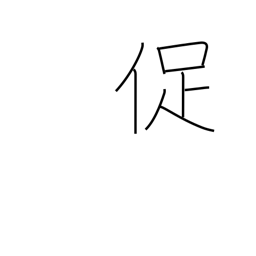
Meaning: urge